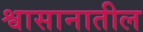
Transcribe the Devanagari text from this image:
श्वासानातील